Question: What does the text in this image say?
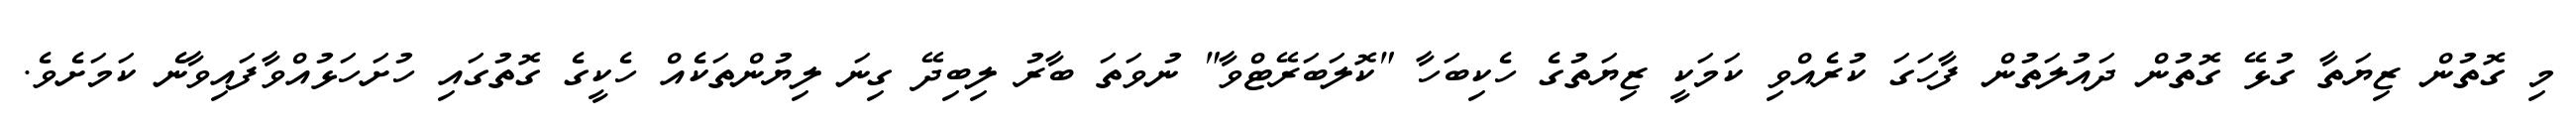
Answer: މި ގޮތުން ޒިޔަތާ ގުޅޭ ގޮތުން ދައުލަތުން ފާހަގަ ކުރެއްވި ކަމަކީ ޒިޔަތުގެ ހެކިބަހާ "ކޮލަބަރޭޓްވާ" ނުވަތަ ބާރު ލިބިދޭ ގިނަ ލިޔުންތަކެއް ހެކީގެ ގޮތުގައި ހުށަހަޅުއްވާފައިވާނެ ކަމަށެވެ.